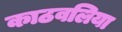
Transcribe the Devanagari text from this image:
काठवलिया